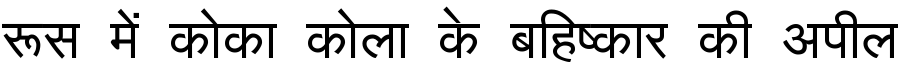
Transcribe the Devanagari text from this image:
रूस में कोका कोला के बहिष्कार की अपील